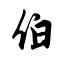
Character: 伯